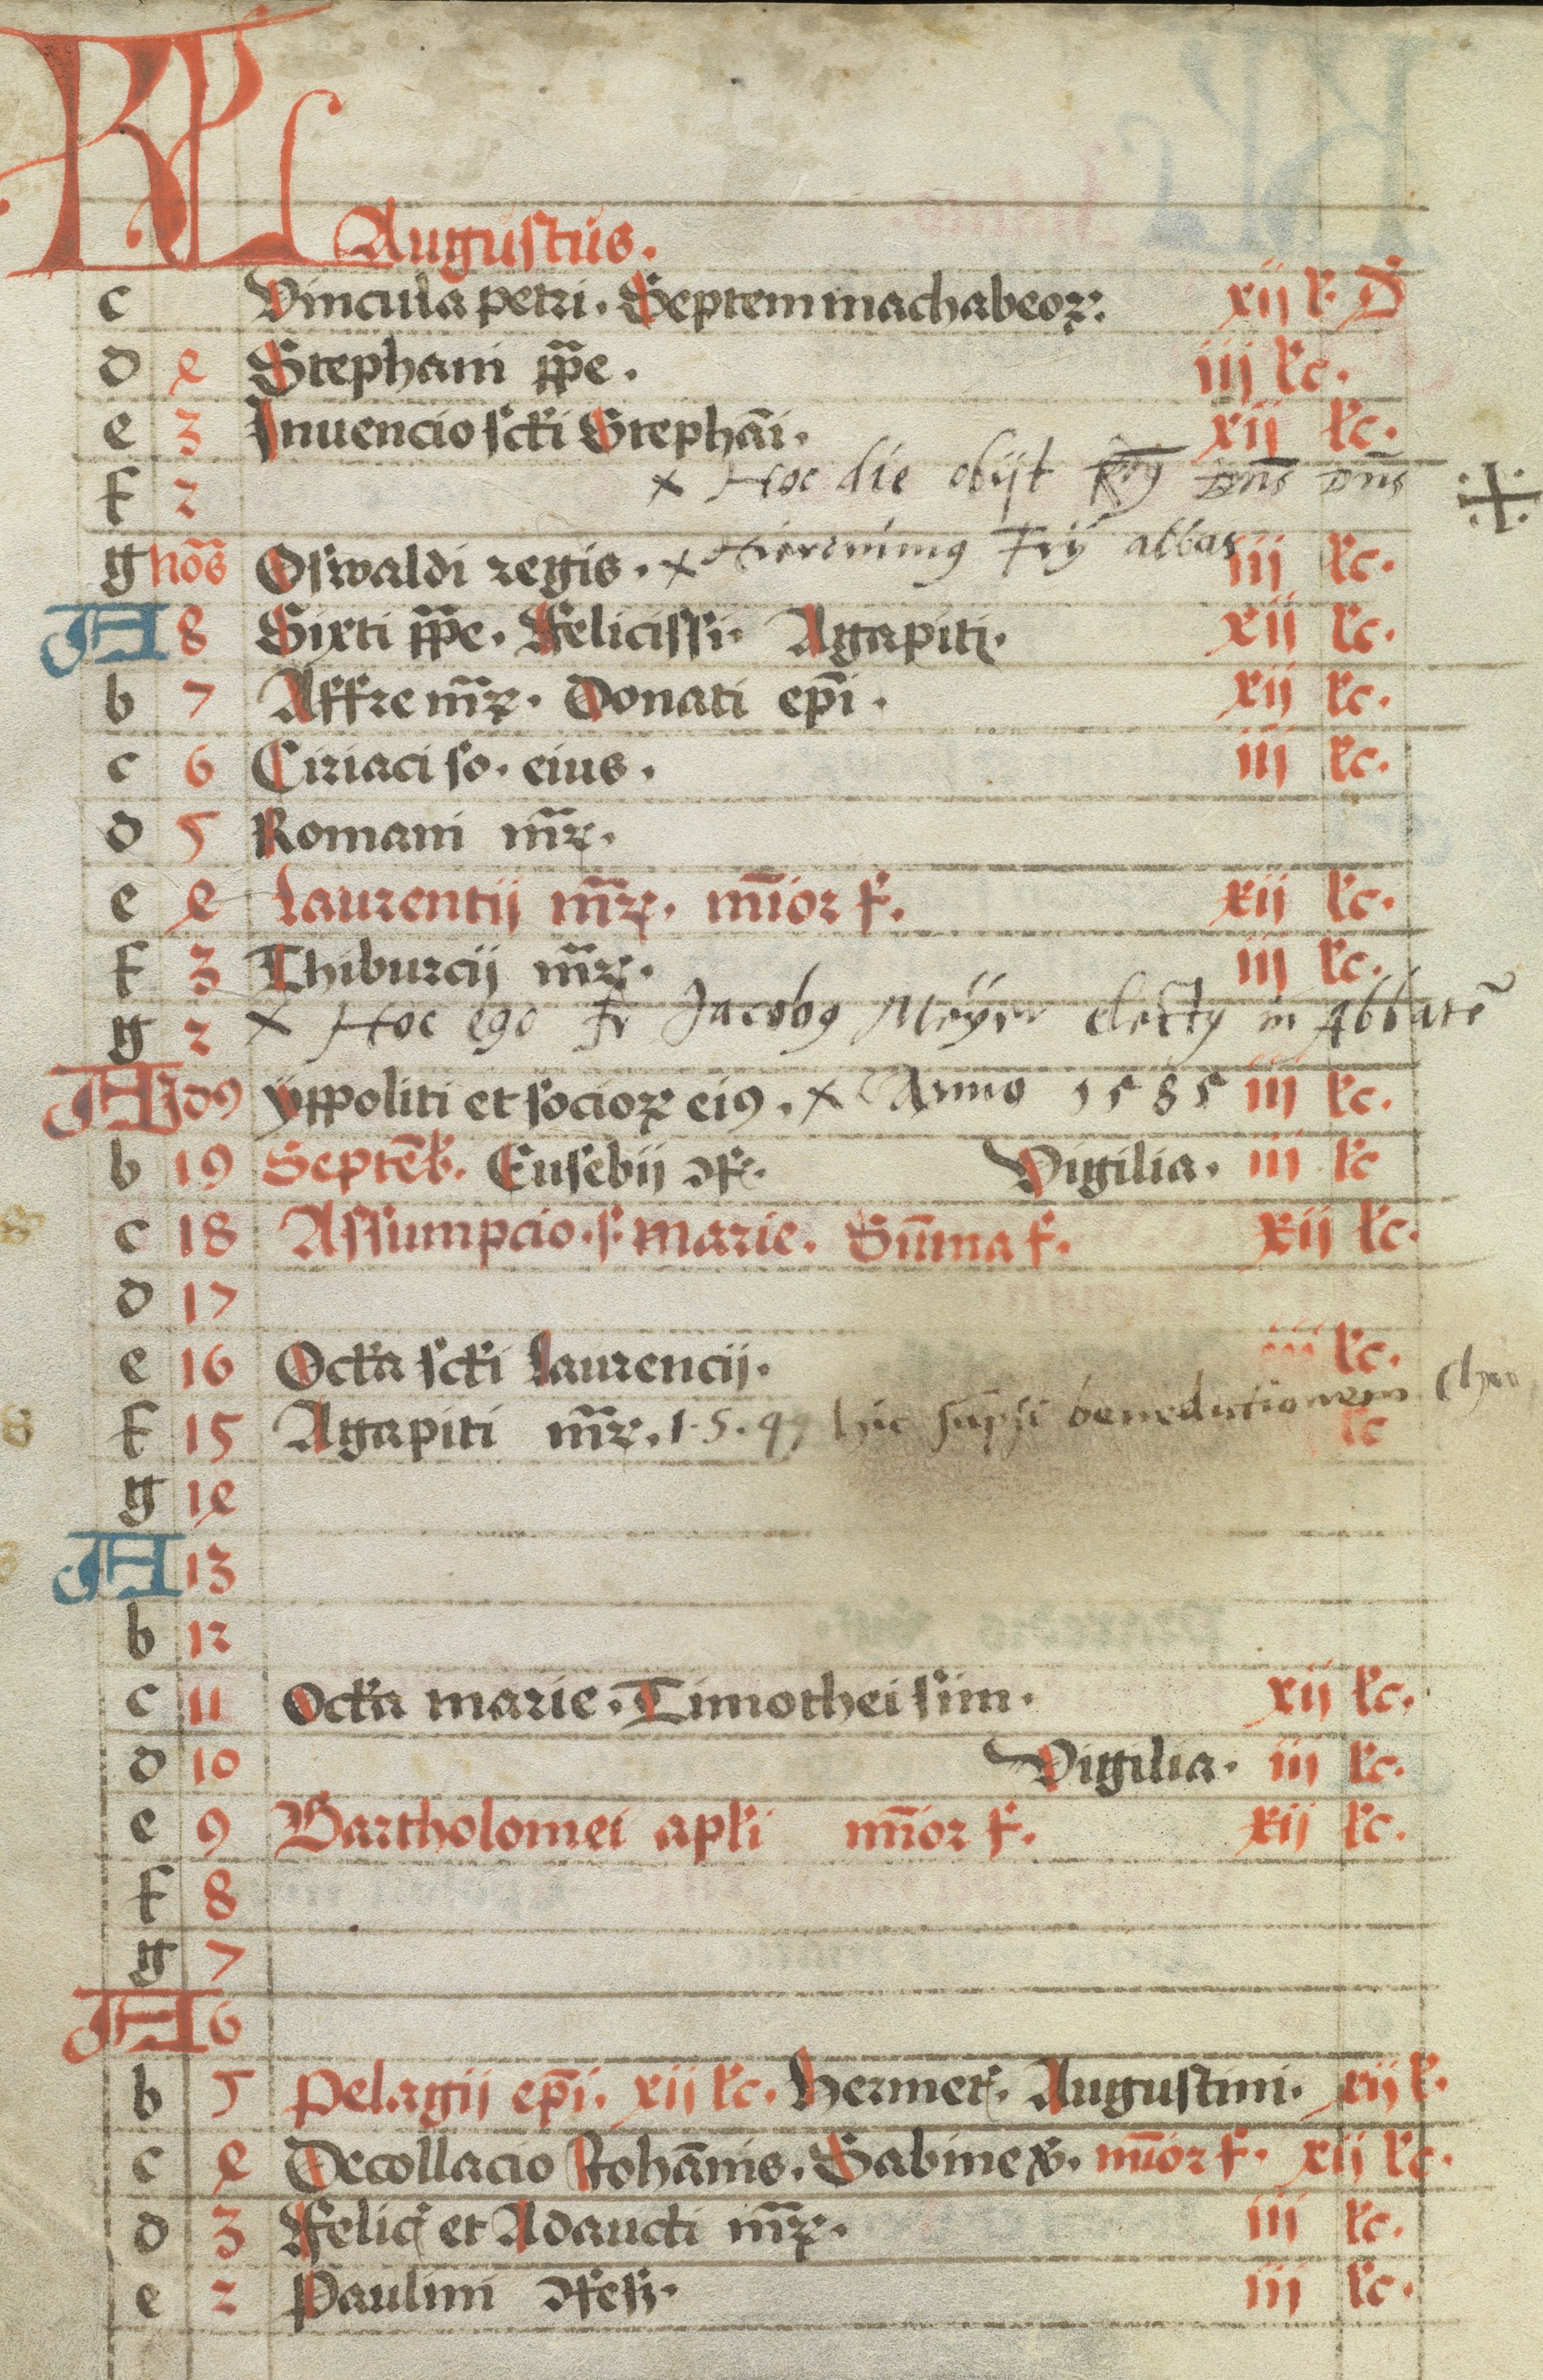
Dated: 1470–1499